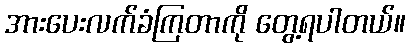
အားပေးလက်ခံကြတာကို တွေ့ရပါတယ်။